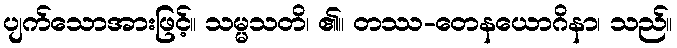
ပျက်သောအားဖြင့်။ သမ္မသတိ၊ ၏။ တဿ-တေနယောဂိနာ၊ သည်။